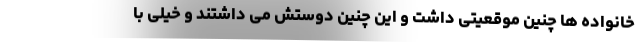
خانواده ها چنین موقعیتی داشت و این چنین دوستش می داشتند و خیلی با